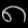
Digit: ၈